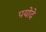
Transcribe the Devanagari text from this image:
पयोदे